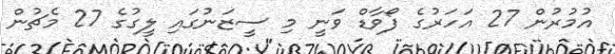
އުމުރުން 27 އަހަރުގެ ފޯވާޑް ވަނީ މި ސީޒަނުގައި ލީގުގެ 27 މެޗުން